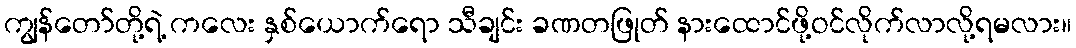
ကျွန်တော်တို့ရဲ့ ကလေး နှစ်ယောက်ရော သီချင်း ခဏတဖြုတ် နားထောင်ဖို့ဝင်လိုက်လာလို့ရမလား။